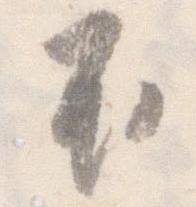
不